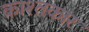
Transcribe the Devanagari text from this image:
काश्‍तकार